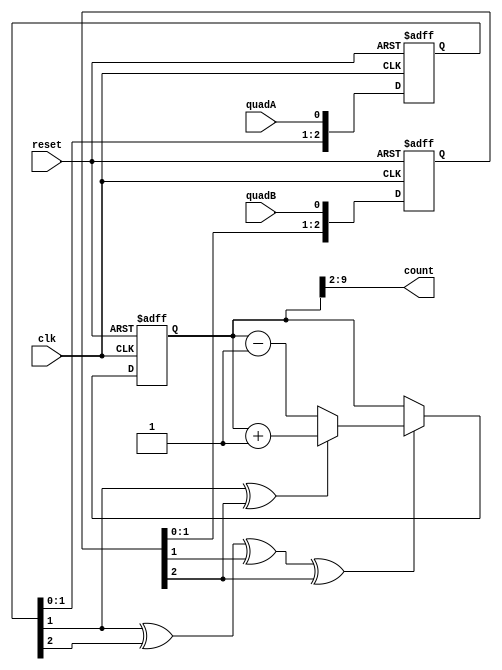
module quadrature_clocked(
    clk, 
    reset,
    quadA, 
    quadB, 
    count
);
    input clk, reset, quadA, quadB;
    output [7:0] count;
    reg [2:0] quadA_delayed;
    reg [2:0] quadB_delayed;
    always @(posedge clk or posedge reset) begin 
        if (reset) begin 
            quadA_delayed <= 0;
        end else begin
            quadA_delayed <= {quadA_delayed[1:0], quadA};
        end
    end
    always @(posedge clk or posedge reset) begin 
        if (reset) begin 
            quadB_delayed <= 0;
        end else begin
            quadB_delayed <= {quadB_delayed[1:0], quadB};
        end
    end
    wire count_enable = quadA_delayed[1] ^ quadA_delayed[2] ^ quadB_delayed[1] ^ quadB_delayed[2];
    wire count_direction = quadA_delayed[1] ^ quadB_delayed[2];
    reg [31:0] total;
    always @(posedge clk or posedge reset) begin
        if (reset) begin 
            total <= 0;
        end else if(count_enable) begin
            if(count_direction) total <= total+1; 
            else total <= total-1;
        end
    end
    wire [31:0] clicks;
    assign clicks = total >> 2; 
    assign count = clicks[7:0];
endmodule